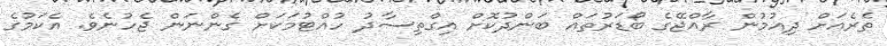
ތެރެއަށް ދިއުމުން ރާއްޖޭގެ ބޯޑަރުތައް ބަންދުކޮށް އިގްތިސާދު ހުއްޓުމަކަށް ގެންނަން ޖެހުނެވެ. އެކަމުގެ